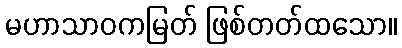
မဟာသာဝကမြတ် ဖြစ်တတ်ထသော။